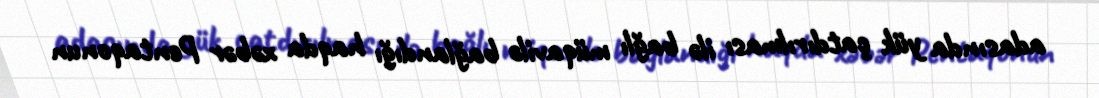
adasında yük çatdırılması ilə bağlı müqavilə bağlandığı haqda xəbər Pentaqonun